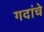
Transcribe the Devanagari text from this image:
गदांचे